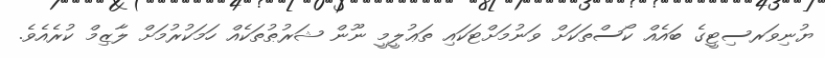
ޔުނިވަރސިޓީގެ ބައެއް ކޯސްތަކަށް ވަނުމަށްޓަކައި ތަޢުލީމީ ނޫން ޝަރުޠުތަކެއް ހަމަކުރުމަށް ލާޒިމް ކުރެއެވެ.